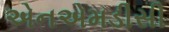
એનએમડીસી